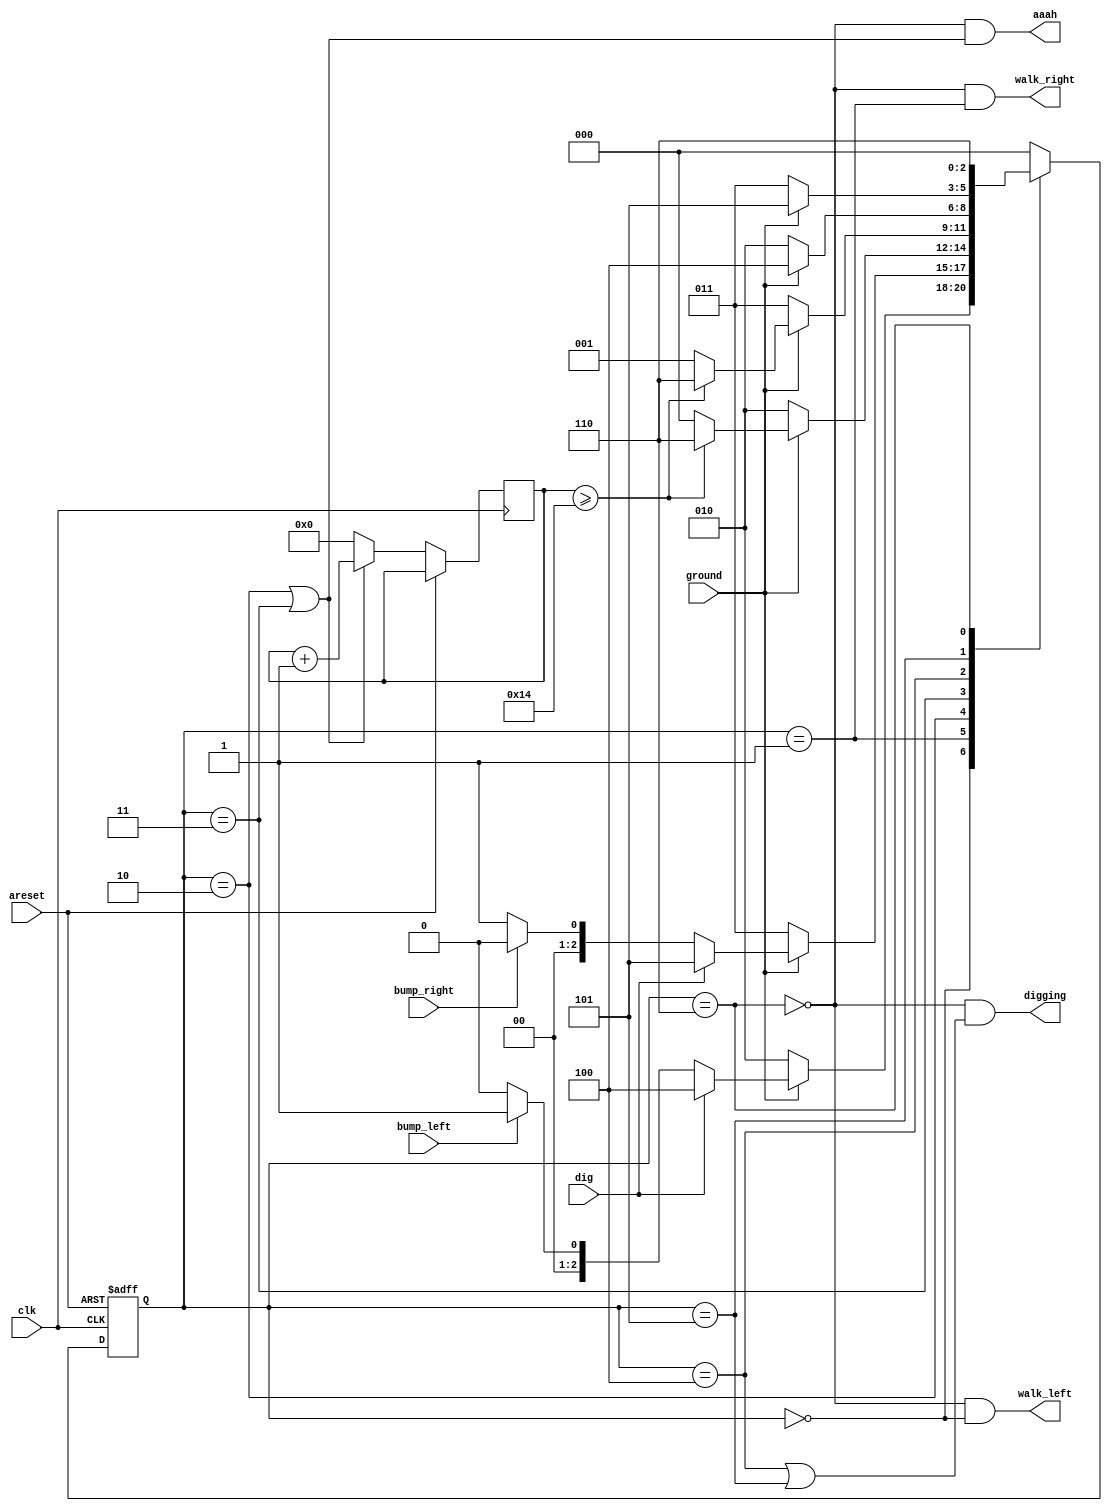
module top_module(
    input clk,
    input areset,    // Freshly brainwashed Lemmings walk left.
    input bump_left,
    input bump_right,
    input ground,
    input dig,
    output walk_left,
    output walk_right,
    output aaah,
    output digging );
	
    parameter LEFT = 0, RIGHT = 1, FALL_L = 2, FALL_R = 3, DIG_L = 4, DIG_R = 5, SPLAT = 6;
    reg[2:0] state, next_state;
    reg[99:0] count;

    
    always @(*) begin
        case(state)
            LEFT : next_state = (ground == 0) ? FALL_L : dig ? DIG_L : (bump_left) ? RIGHT : LEFT;
            RIGHT : next_state = (ground == 0) ? FALL_R : dig ? DIG_R : (bump_right) ? LEFT : RIGHT;
            FALL_L : next_state = (ground) ? ((count >= 20) ? SPLAT : LEFT ): FALL_L;
            FALL_R : next_state = (ground) ? ((count >= 20) ? SPLAT : RIGHT ): FALL_R;
            DIG_L : next_state = ground ? DIG_L : FALL_L;
            DIG_R : next_state = ground ? DIG_R : FALL_R;
			SPLAT : next_state = SPLAT; 
            default : next_state = LEFT; 
        endcase
    end
	
    always @(posedge clk or posedge areset)
        begin
        if(areset) state <= LEFT;
        else if  ( state== FALL_L || state == FALL_R )             
            begin
				state <= next_state;
				count <= count + 1;
            end
 
        else begin 
            state <= next_state;  
            count <= 0;
        end
    end
    
    assign digging = (~(state == SPLAT))&(state == DIG_L || state == DIG_R);  
    assign aaah = (~(state == SPLAT))&(state == FALL_L || state == FALL_R);  
    assign walk_left = (~(state == SPLAT))&(state == LEFT );
    assign walk_right = (~(state == SPLAT))&(state == RIGHT);

endmodule